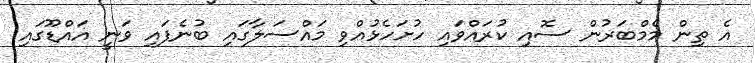
އެ ތިން މެމްބަރުން ސޮއި ކުރައްވައި ހުށަހެޅުއްވި މައްސަލާގައި ބުނެފައި ވަނީ އައްޑޫގައި